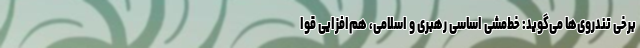
برخی تندروی‌ها می‌گوید: خط‌مشی اساسی رهبری و اسلامی، هم‌افزایی قوا